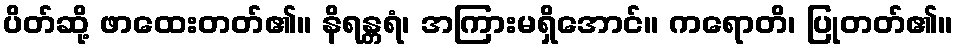
ပိတ်ဆို့ ဖာထေးတတ်၏။ နိရန္တရံ၊ အကြားမရှိအောင်။ ကရောတိ၊ ပြုတတ်၏။